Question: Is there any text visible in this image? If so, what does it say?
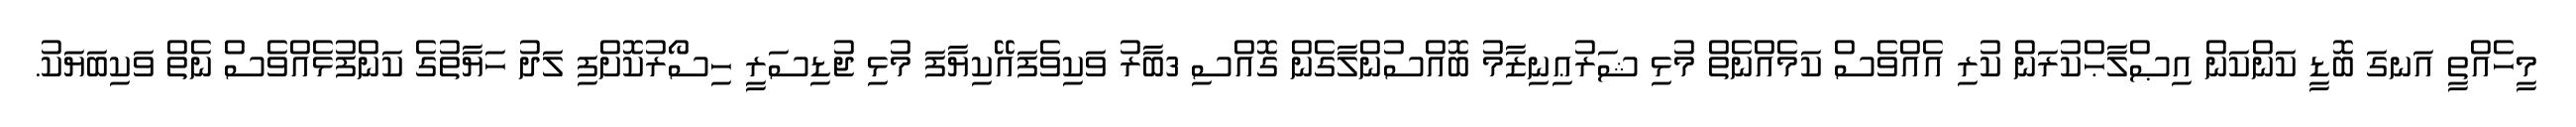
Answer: މީހެއްތީ އަނގަ ބޮޑީ ކަންކަން އިޞްލާޙްކުރަން ކުރި އެއްވެސް ކަމެއްނެތް މުޅި ޝަރުޢިނިޒާމު ބޮއްސުންލާގެން ގޮއްސި 3ބާރު ވަކިވެފައޭކިޔާފަ މުޅި ޖުޑިސަރީ ހިސޯރުކޮށްފި ލަދު ހަޔާތުގެ ކަންފުޅެއްވެސް ނެތް ވަކިބަޔަކު.